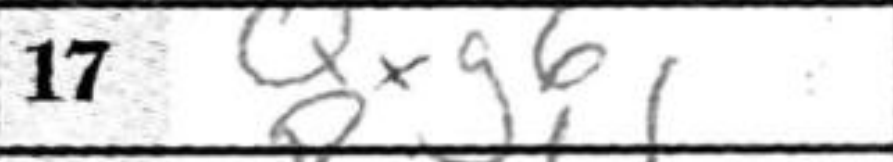
Transcription: Qxg6